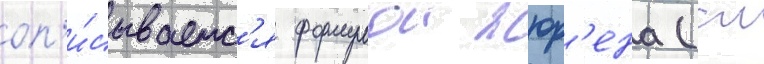
оп'и́сываетс'я формулои жюр'ена (см